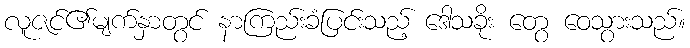
လူဇင်၏မျက်နှာတွင် နာကြည်းခံပြင်းသည့် ဒေါသခိုး တွေ ဝေသွားသည်။